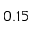
0 . 1 5